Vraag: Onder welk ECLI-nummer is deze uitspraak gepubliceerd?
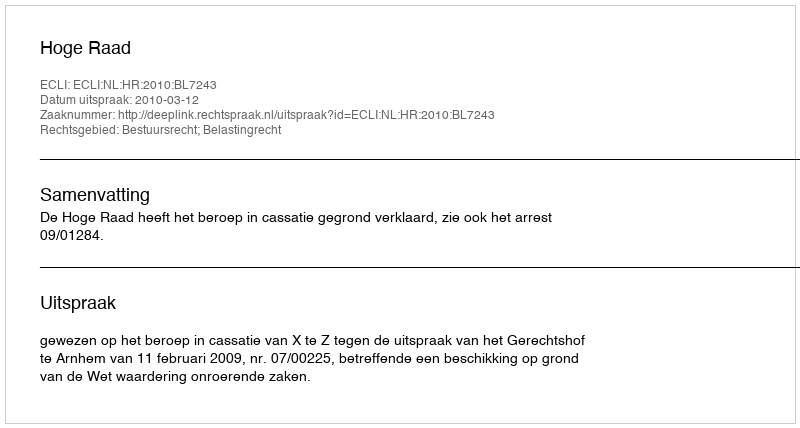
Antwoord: ECLI:NL:HR:2010:BL7243